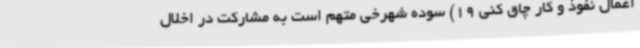
اعمال نفوذ و کار چاق کنی 19) سوده شهرخی متهم است به مشارکت در اخلال